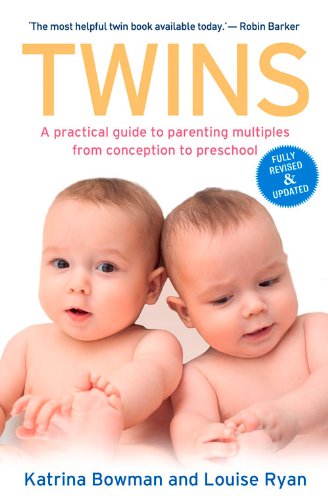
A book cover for Twins: A Practical Guide to Parenting Multiples from Conception to Preschool; Katrina Bowman; Parenting & Relationships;